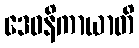
ဒေဝနိကာယာတိ